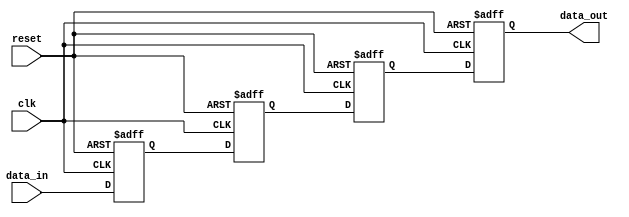
module four_flop_synchronizer (
    input wire clk,
    input wire reset,
    input wire data_in,
    output reg data_out
);

reg [3:0] ff1, ff2, ff3, ff4;

always @(posedge clk or posedge reset) begin
    if (reset) begin
        ff1 <= 1'b0;
        ff2 <= 1'b0;
        ff3 <= 1'b0;
        ff4 <= 1'b0;
    end else begin
        ff1 <= data_in;
        ff2 <= ff1;
        ff3 <= ff2;
        ff4 <= ff3;
    end
end

assign data_out = ff4;

endmodule